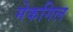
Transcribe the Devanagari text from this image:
मेकगिल